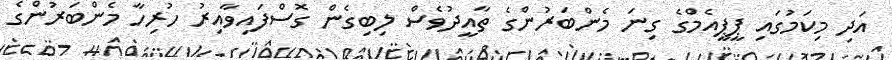
އަދި މިކަމުގައި ޕީޕީއެމްގެ ގިނަ މެންބަރުންގެ ތާއީދުވެސް ލިބިގެން ގޮސްފައިވާއިރު ހުރިހާ މެންބަރުންގެ